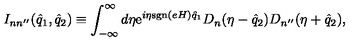
I _ { n n ^ { \prime \prime } } ( \hat { q } _ { 1 } , \hat { q } _ { 2 } ) \equiv \int _ { - \infty } ^ { \infty } d \eta \mathrm { e } ^ { i \eta \mathrm { s g n } ( e H ) \hat { q } _ { 1 } } D _ { n } ( \eta - \hat { q } _ { 2 } ) D _ { n ^ { \prime \prime } } ( \eta + \hat { q } _ { 2 } ) ,